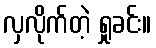
လှလိုက်တဲ့ ရှုခင်း။